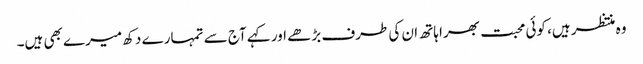
وہ منتظر ہیں، کوئی محبت بھرا ہاتھ ان کی طرف بڑھے اور کہے آج سے تمہارے دکھ میرے بھی ہیں۔